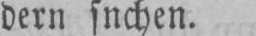
dern snchen.